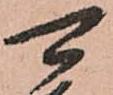
可